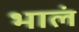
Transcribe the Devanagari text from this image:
भालं